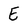
Character: E